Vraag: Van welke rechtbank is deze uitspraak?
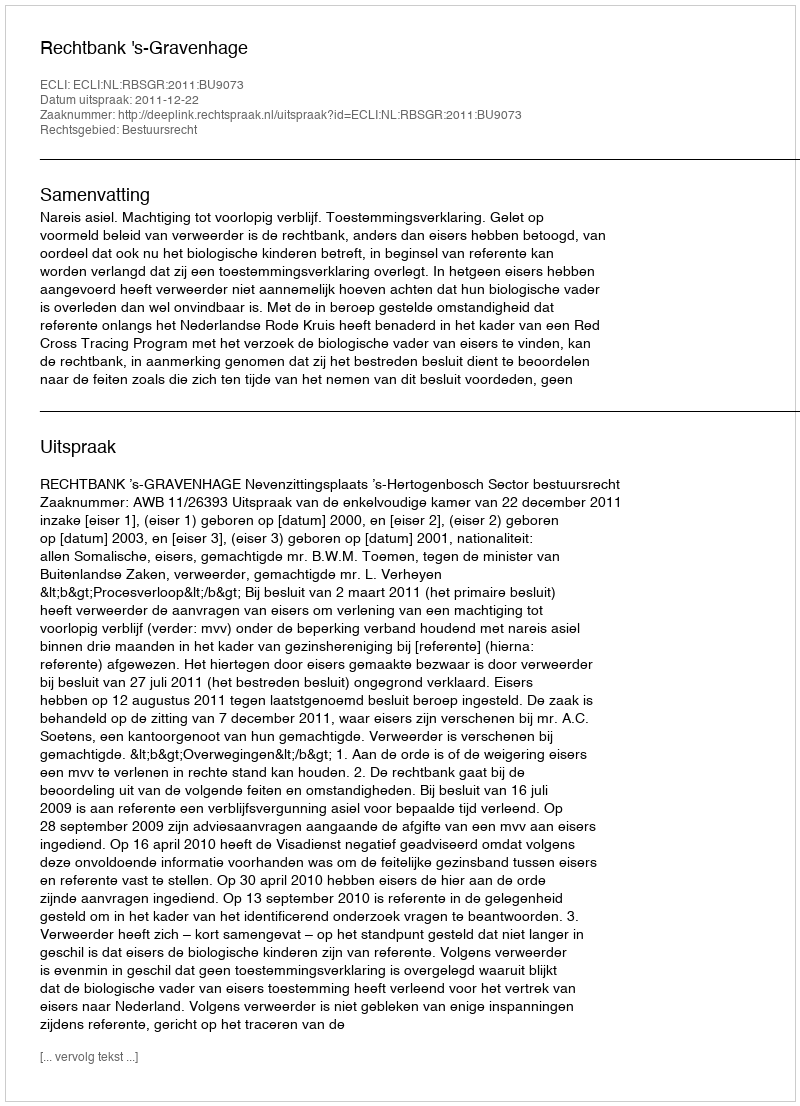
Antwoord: Rechtbank 's-Gravenhage